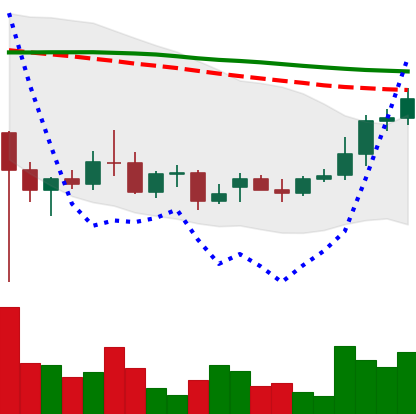
Ticker: XRP-USD
Chart end date: 2021-12-23
Forward return: -14.127%
Label: down_7plus